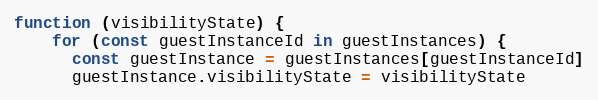
Language: JavaScript
function (visibilityState) {
    for (const guestInstanceId in guestInstances) {
      const guestInstance = guestInstances[guestInstanceId]
      guestInstance.visibilityState = visibilityState